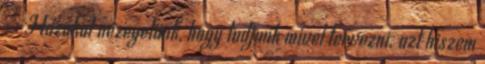
:- Házakat nézegetünk, hogy tudjunk mivel tervezni. azt hiszem